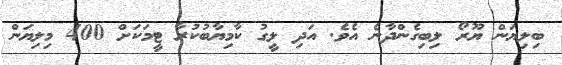
ބިލިޔަން ޔޫރޯ ލިބިގެންދާނެ އެވެ. އަދި ލީގު ކާމިޔާބުކުރާ ޓީމަކަށް 400 މިލިޔަން